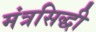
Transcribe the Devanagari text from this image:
मंत्रसिद्धी